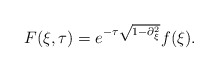
\begin{align*}F(\xi,\tau) = e^{-\tau\sqrt{1-\partial_{\xi}^{2}}}f(\xi).\end{align*}